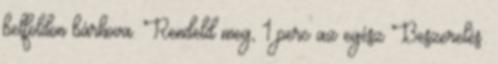
belföldön bárhova. Rendeld meg, 1 perc az egész Beszerelés: